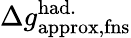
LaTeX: \Delta{g}_{\mathrm{approx,fns}}^{\mathrm{had.}}